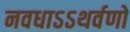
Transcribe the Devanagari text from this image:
नवधाऽऽथर्वणो